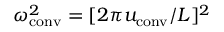
\omega _ { \mathrm { c o n v } } ^ { 2 } = [ 2 \pi u _ { \mathrm { c o n v } } / L ] ^ { 2 }